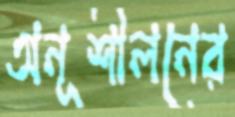
অনূশীলনের